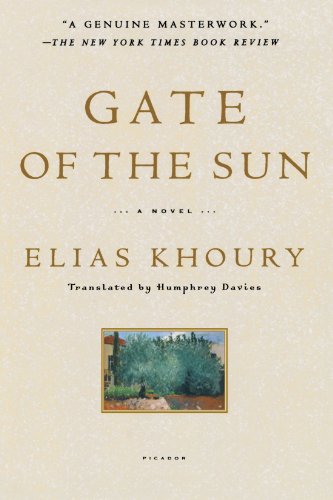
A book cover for Gate of the Sun; Elias Khoury; Literature & Fiction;